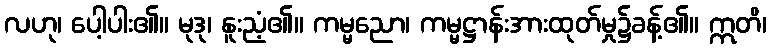
လဟု၊ ပေါ့ပါး၏။ မုဒု၊ နူးညံ့၏။ ကမ္မညော၊ ကမ္မဋ္ဌာန်းအားထုတ်မှု၌ခန့်၏။ ဣတိ၊